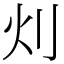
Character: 灲